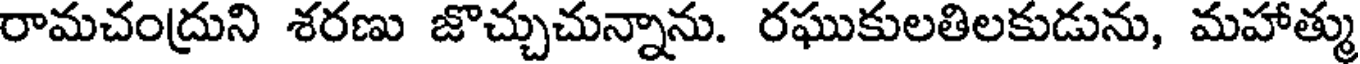
రామచంద్రుని శరణు జొచ్చుచున్నాను. రఘుకులతిలకుడును, మహాత్ము